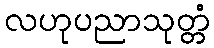
လဟုပညာသုတ္တံ